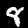
Label: 8